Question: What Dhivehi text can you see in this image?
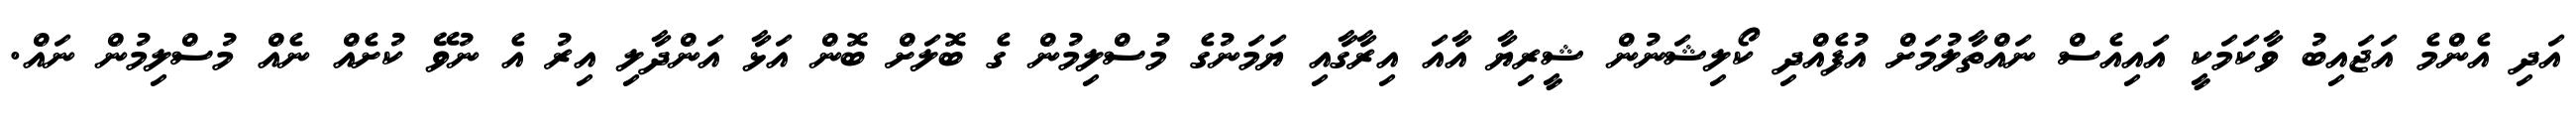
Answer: އަދި އެންމެ އަޖައިބު ވާކަމަކީ އައިއެސް ނައްތާލުމަށް އުފެއްދި ކޯލިޝަނުން ޝީރިޔާ އާއަ އިރާގާއި ޔަމަނުގެ މުސްލިމުން ގެ ބޮލަށް ބޮން އަޅާ އަންދާލި އިރު އެ ނުވޭ ކުށެއް ނެއް މުސްލިމުން ނައް.